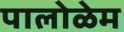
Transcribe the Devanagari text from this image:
पालोळेम